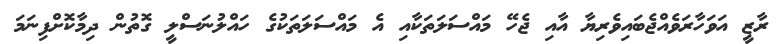
ރާޒީ އަވަހާރަވެއްޖެބައިވެރިޔާ އާއި ޖެހޭ މައްސަލަތަކާއި އެ މައްސަލަތަކުގެ ހައްލުނަސްލީ ގޮތުން ދިމާކޮށްފިނަމަ